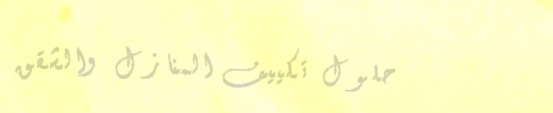
حلول تكييف المنازل والشقق